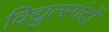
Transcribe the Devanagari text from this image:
विद्युत्स्पंदों